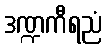
ဒဏ္ဍကီရညံ